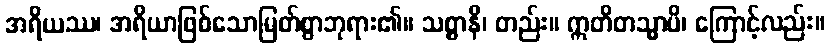
အရိယဿ၊ အရိယာဖြစ်သောမြတ်စွာဘုရား၏။ သစ္စာနိ၊ တည်း။ ဣတိတသ္မာပိ၊ ကြောင့်လည်း။